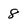
Character: 8